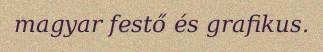
magyar festő és grafikus.